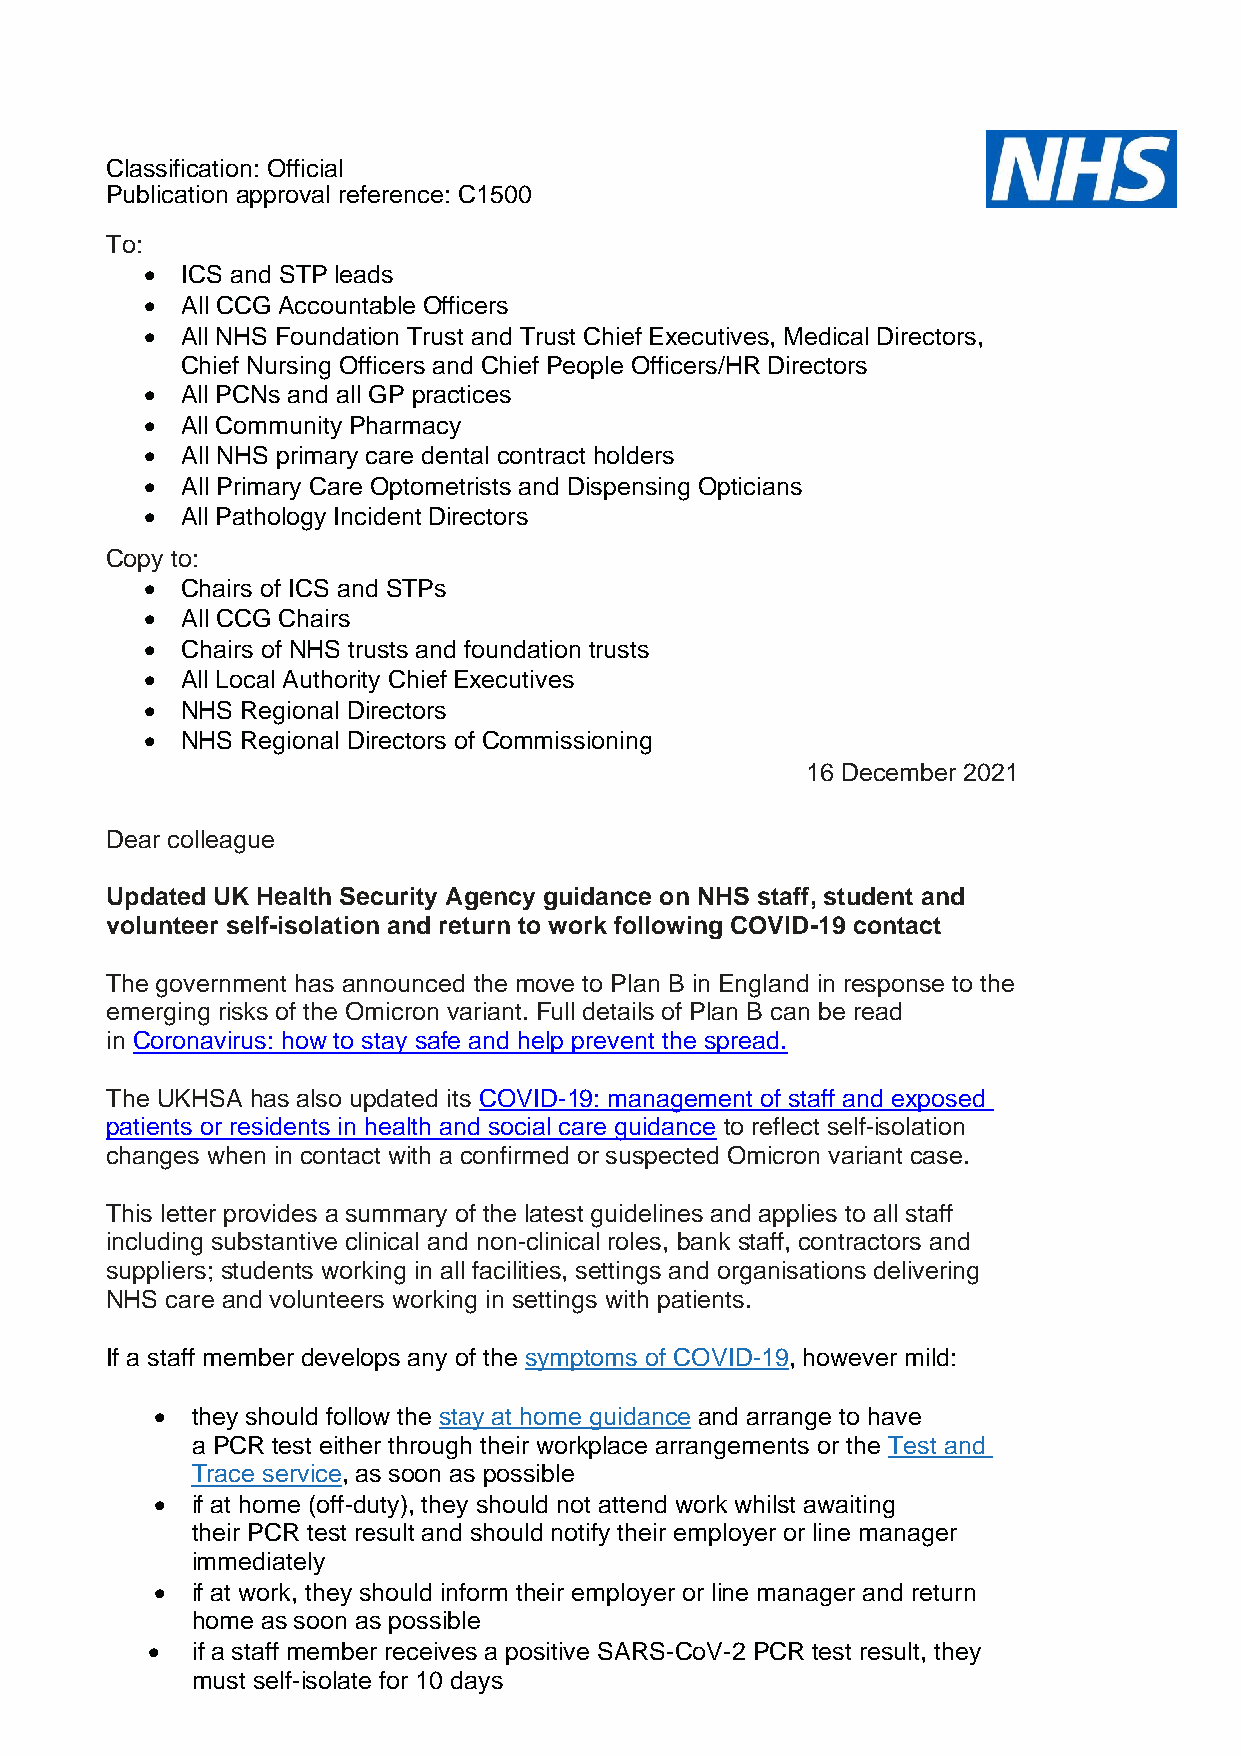
Classification: Official
 Publication approval reference: C1500
 To:
 • ICS and STP leads
 • All CCG Accountable Officers
 • All NHS Foundation Trust and Trust Chief Executives, Medical Directors,
 Chief Nursing Officers and Chief People Officers/HR Directors
 • All PCNs and all GP practices
 • All Community Pharmacy
 • All NHS primary care dental contract holders
 • All Primary Care Optometrists and Dispensing Opticians
 • All Pathology Incident Directors
 Copy to:
 • Chairs of ICS and STPs
 • All CCG Chairs
 • Chairs of NHS trusts and foundation trusts
 • All Local Authority Chief Executives
 • NHS Regional Directors
 • NHS Regional Directors of Commissioning
 16 December 2021
 Dear colleague
 Updated UK Health Security Agency guidance on NHS staff, student and
 volunteer self-isolation and return to work following COVID-19 contact
 The government has announced the move to Plan B in England in response to the
 emerging risks of the Omicron variant. Full details of Plan B can be read
 in Coronavirus: how to stay safe and help prevent the spread.
 The UKHSA has also updated its COVID-19: management of staff and exposed
 patients or residents in health and social care guidance to reflect self-isolation
 changes when in contact with a confirmed or suspected Omicron variant case.
 This letter provides a summary of the latest guidelines and applies to all staff
 including substantive clinical and non-clinical roles, bank staff, contractors and
 suppliers; students working in all facilities, settings and organisations delivering
 NHS care and volunteers working in settings with patients.
 If a staff member develops any of the symptoms of COVID-19, however mild:
 •  they should follow the stay at home guidance and arrange to have
 a PCR test either through their workplace arrangements or the Test and
 Trace service, as soon as possible
 •  if at home (off-duty), they should not attend work whilst awaiting
 their PCR test result and should notify their employer or line manager
 immediately
 •  if at work, they should inform their employer or line manager and return
 home as soon as possible
 •  if a staff member receives a positive SARS-CoV-2 PCR test result, they
 must self-isolate for 10 days